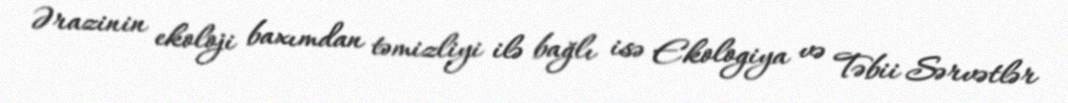
Ərazinin ekoloji baxımdan təmizliyi ilə bağlı isə Ekologiya və Təbii Sərvətlər